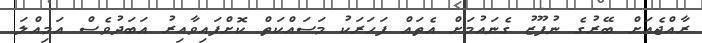
ރާއްޖެއަށް ބޭރުގެ ނުފޫޒު ގެނައުމަށް އެތައް ފަހަރަކު މަސައްކަތް ކޮށްފައިވާއިރު އަބަދުވެސް އަމިއްލަ